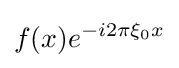
f(x)e^{-i2\pi \xi _{0}x}